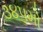
૩૪૫મો